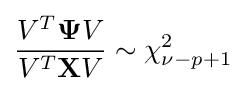
{\frac {V^{T}\mathbf {\Psi } V}{V^{T}\mathbf {X} V}}\sim \chi _{\nu -p+1}^{2}